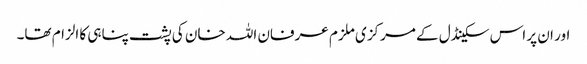
اور ان پر اس سکینڈل کے مرکزی ملزم عرفان اللہ خان کی پشت پناہی کا الزام تھا۔